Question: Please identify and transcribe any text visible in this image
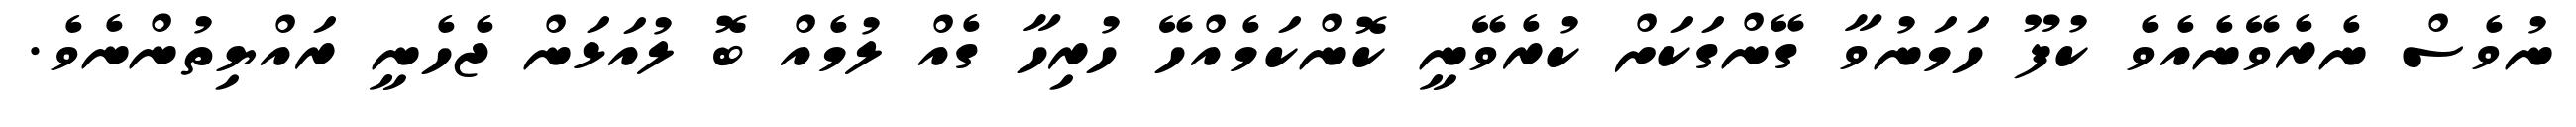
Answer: ނުވެސް ނެރެވޭނެއެވެ ކުފޫ ހަމަނުވާ ގޭންގަކަށް ކުރެވޭނީ ކޮންކަމެއްހޭ ހުރިހާ ގެއް ލުމެއް ބޮ ލުއަޅަން ޖެހެނީ ރައްޔިތުންނެވެ.